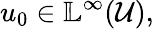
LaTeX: u_{0}\in\mathbb{L}^{\infty}(\mathcal{U}),